Report of the veterinary officer investigating camel disease
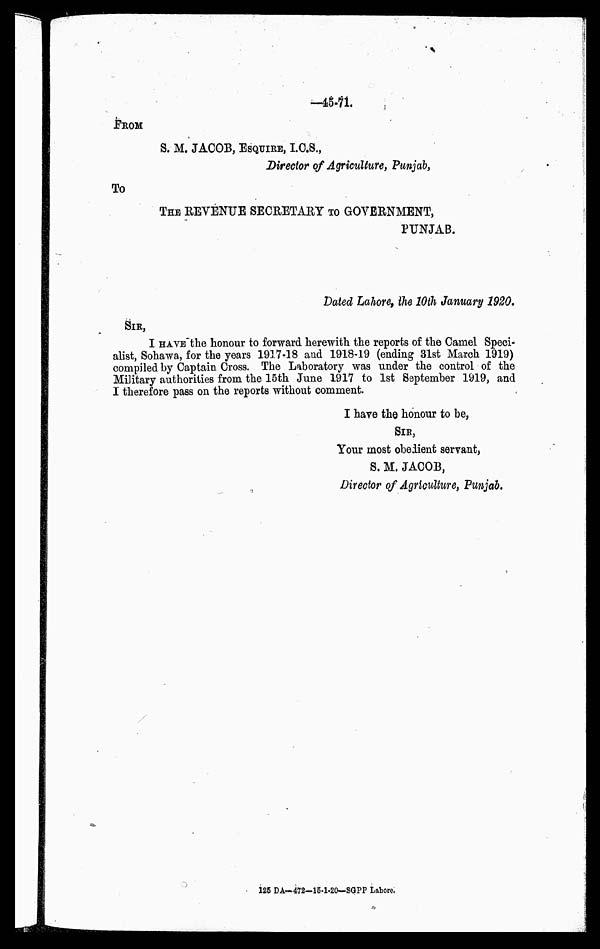
-45.71.
FROM
S. M. JACOB, ESQUIRE, I.C.S.,
Director of Agriculture, Punjab,
To
THE REVENUE SECRETARY TO GO
PUNJAB.
Dated Lahore, the 10th January 1920.
SIR,
I HAVE the honour to forward herewith the reports of the Camel Speci-
alist, Sohawa, for the years 1917-18 and 1918-19 (ending 31st March 1919)
compiled by Captain Cross. The Laboratory was under the control of the
Military authorities from the 15th June 1917 to 1st September 1919, and
I therefore pass on the reports without comment.
I have the honour to be,
SIR,
Your most obedient servant,
S. M. JACOB,
Director of Agriculture, Punjab.
125 DA-472—15-1-20—SGPP Lahore.